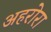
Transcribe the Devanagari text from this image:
अहरोरा